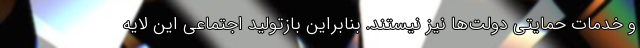
و خدمات حمایتی دولت‌ها نیز نیستند. بنابراین بازتولید اجتماعی این لایه